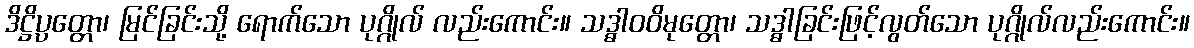
ဒိဋ္ဌိပ္ပတ္တော၊ မြင်ခြင်းသို့ ရောက်သော ပုဂ္ဂိုလ် လည်းကောင်း။ သဒ္ဓါဝဝိမုတ္တော၊ သဒ္ဓါခြင်းဖြင့်လွတ်သော ပုဂ္ဂိုလ်လည်းကောင်း။